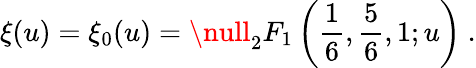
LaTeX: \xi(u)={\xi}_{0}(u)=\null_{2}F_{1}\left(\frac{1}{6},\frac{5}{6},1;u\right)\ .